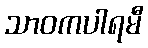
သာဝကပါရမီ